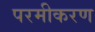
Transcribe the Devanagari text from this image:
परमीकरण